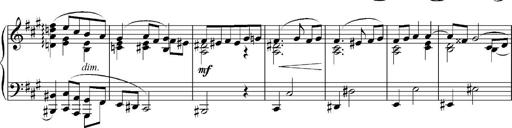
Title: Sonatina No.5
Composer: Otto Stoll
Key: F-sharp minor